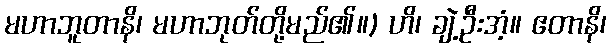
မဟာဘူတာနိ၊ မဟာဘုတ်တို့မည်၏။) ဟိ၊ ချဲ့ဦးအံ့။ ဧတာနိ၊